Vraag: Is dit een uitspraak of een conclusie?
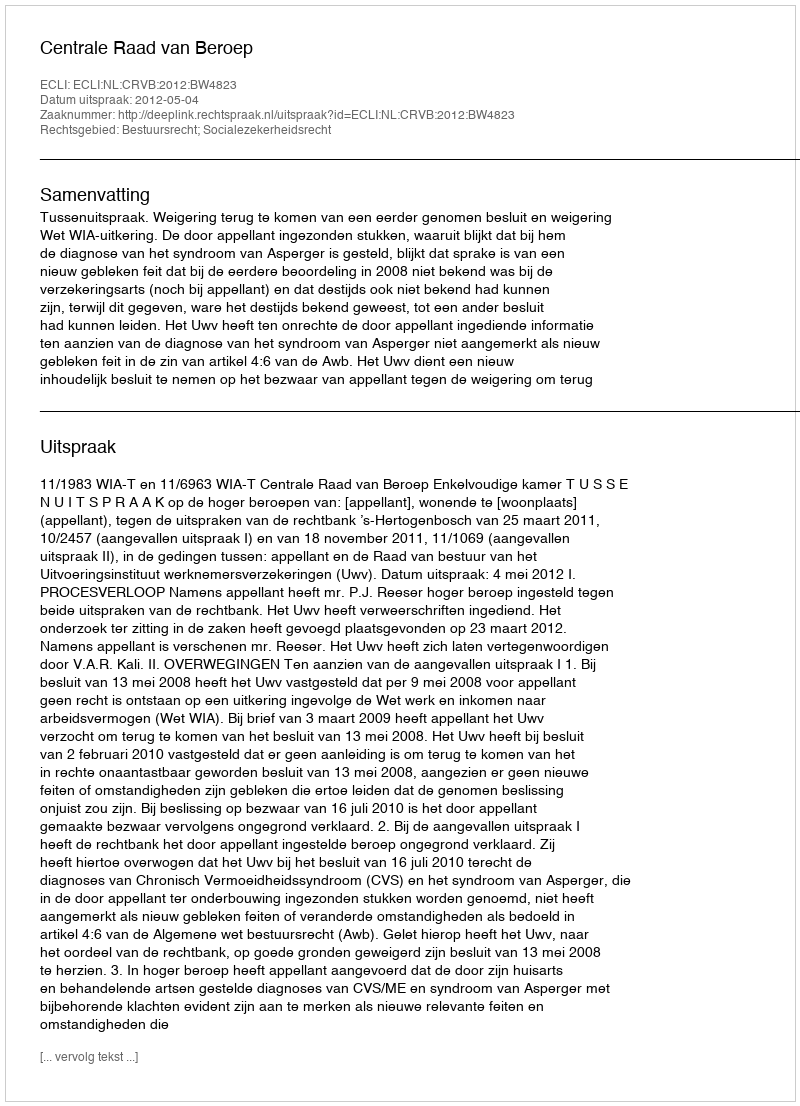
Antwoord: Uitspraak